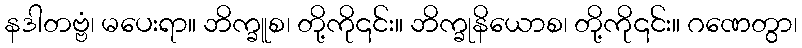
နဒါတဗ္ဗံ၊ မပေးရာ။ ဘိက္ခူစ၊ တို့ကို၎င်း။ ဘိက္ခုနိယောစ၊ တို့ကို၎င်း။ ဂဏေတွာ၊